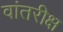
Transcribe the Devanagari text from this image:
वांतरीक्ष